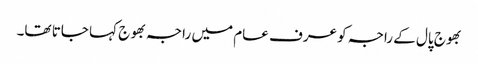
بھوج پال کے راجہ کو عرف عام میں راجہ بھوج کہا جاتا تھا۔